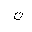
Letter: _non